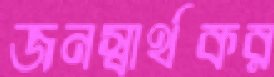
জনস্বার্থকর